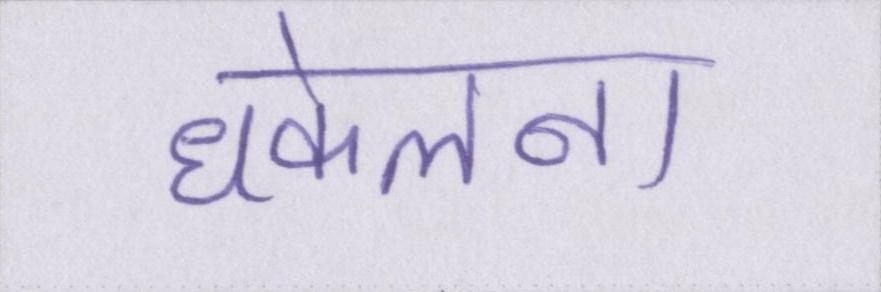
धकेलना